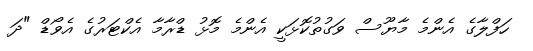
ހަފްލާގެ އެންމެ މާޔޫސް ވަގުތުކޮޅަކީ އެންމެ މޮޅު ޑްރާމާ އެކްޓަރުގެ އެވޯޑް "ދަ